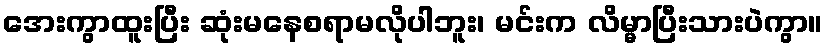
အေးကွာထူးပြီး ဆုံးမနေစရာမလိုပါဘူး၊ မင်းက လိမ္မာပြီးသားပဲကွာ။